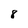
Character: 8